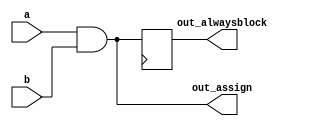
module top_module (
  input wire a,
  input wire b,
  output wire out_assign,
  output reg out_alwaysblock
);

  always @(a or b) begin
    out_assign = a & b;
  end

  always @(posedge clk) begin
    out_alwaysblock <= out_assign;
  end

endmodule